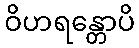
ဝိဟရန္တောပိ